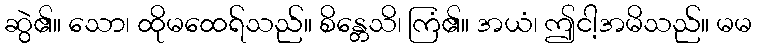
ဆွဲ၏။ သော၊ ထိုမထေရ်သည်။ စိန္တေသိ၊ ကြံ၏။ အယံ၊ ဤငါ့အမိသည်။ မမ